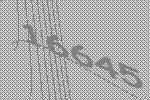
16645